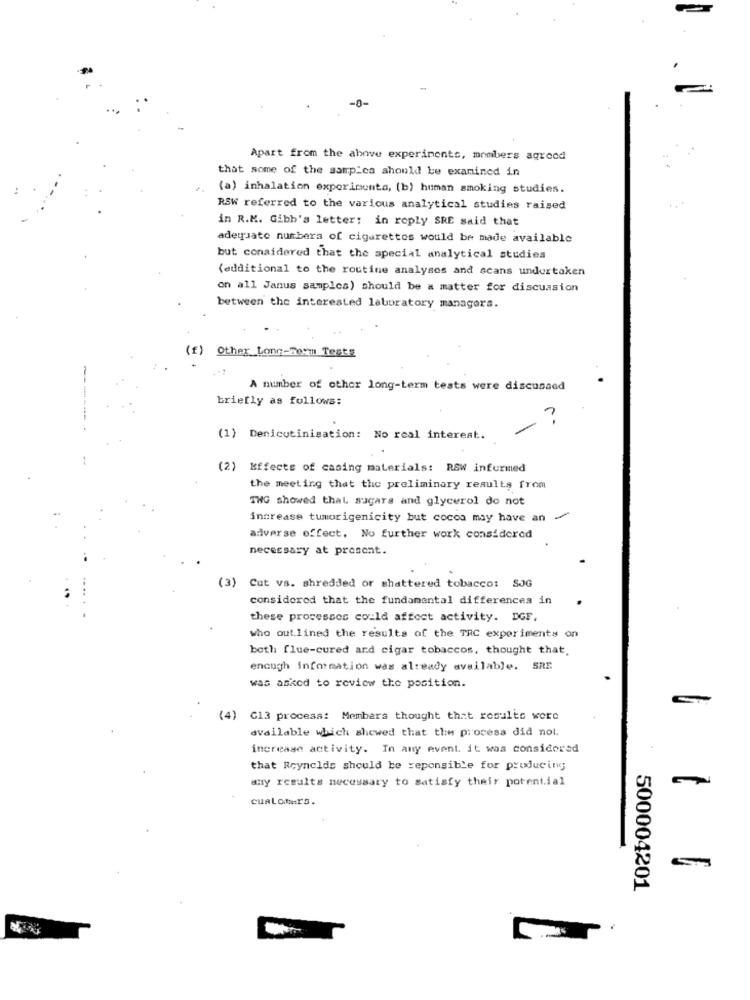
Apart from the above experiments, members agreed
that some of the samples should be examined in
(a) inhalation experimenta, (b) human smoking studies.
RSW referred to the various analytical studies raised
in R.M. Gibb's letter: in reply SRE said that
adequate numbers of cigarettes would be made available
but considered that the special analytical studies
(additional to the routine analyses and scans undertaken
on all Janus samples) should be a matter for discussion
between the interested laboratory managers.
(f) Other Long-Form Tests
A number of other long-term tests were discussed
briefly as follows:
-
?
(1) Denicutinisation: No real interest.
(2)
Effects of casing materials: RSW informed
the meeting that the preliminary results from
ING showed that sugars and glycerol do not
increase tumorigenicity but cocos may have an
adverse effect. No further work considered
necessary at prosent.
(3) Cut vs. shredded or shattered tobacco: SJG
considered that the fundamental differences in
these processes could affect activity. DGF.
who out lined the results of the TRC experiments on
both flue-cured and cigar tobaccos, thought that.
enough information was already available. SRE
was asked to review the position.
(4) G13 process: Members thought that results were
available which showed that the process did not.
increase activity. In any event. it was considered
that Reynolds should be reponsible for producing
any results necessary to satisfy their potential
cualomers.
500004201